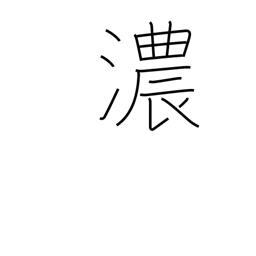
Meaning: undiluted